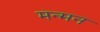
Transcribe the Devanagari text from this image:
मन्मन